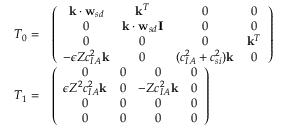
\begin{array} { r l } { T _ { 0 } = } & { \left( \begin{array} { c c c c } { \mathbf { k } \cdot \mathbf { w } _ { s d } } & { \mathbf { k } ^ { T } } & { 0 } & { 0 } \\ { 0 } & { \mathbf { k } \cdot \mathbf { w } _ { s d } \mathbf { I } } & { 0 } & { 0 } \\ { 0 } & { 0 } & { 0 } & { \mathbf { k } ^ { T } } \\ { - \epsilon Z c _ { I A } ^ { 2 } \mathbf { k } } & { 0 } & { ( c _ { I A } ^ { 2 } + c _ { s i } ^ { 2 } ) \mathbf { k } } & { 0 } \end{array} \right) } \\ { T _ { 1 } = } & { \left( \begin{array} { c c c c } { 0 } & { 0 } & { 0 } & { 0 } \\ { \epsilon Z ^ { 2 } c _ { I A } ^ { 2 } \mathbf { k } } & { 0 } & { - Z c _ { I A } ^ { 2 } \mathbf { k } } & { 0 } \\ { 0 } & { 0 } & { 0 } & { 0 } \\ { 0 } & { 0 } & { 0 } & { 0 } \end{array} \right) } \end{array}